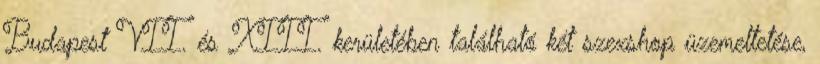
Budapest VII. és XIII. kerületében található két szexshop üzemeltetése,